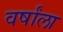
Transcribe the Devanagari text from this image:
वर्षांला